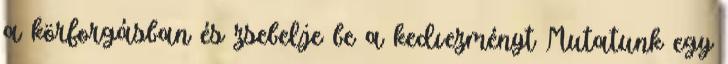
a körforgásban és zsebelje be a kedvezményt Mutatunk egy